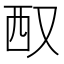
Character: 𪠧